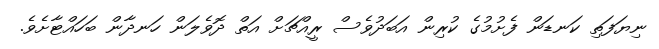
ނިޔަފަތި ކަނޑަން ފެށުމުގެ ކުރިން އަބަދުވެސް ރީއްޗަށް އަތް ދޮވެލަން ހަނދާން ބަހައްޓާށެވެ.